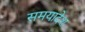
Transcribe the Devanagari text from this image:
समयादेश